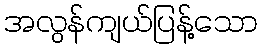
အလွန်ကျယ်ပြန့်သော